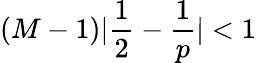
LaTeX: {(M-1)|\frac{1}{2}-\frac{1}{p}|<1}